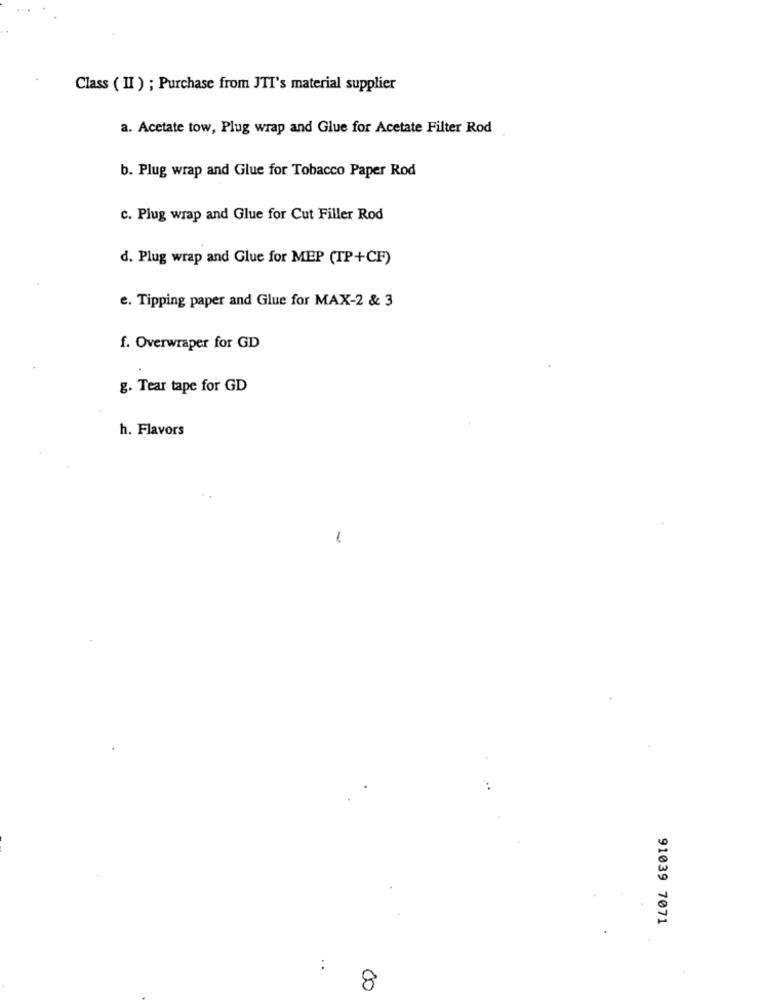
Class ( II ) ; Purchase from JTI's material supplier
a. Acetate tow, Plug wrap and Glue for Acetate Filter Rod
b. Plug wrap and Glue for Tobacco Paper Rod
c. Plug wrap and Glue for Cut Filler Rod
d. Plug wrap and Glue for MEP (TP+CF)
e. Tipping paper and Glue for MAX-2 & 3
f. Overwraper for GD
g. Tear tape for GD
h. Flavors
91039 7071
:
8